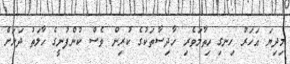
މިދިޔަ އަހަރު ހިނގި ހިތާމަވެރި ހާދިސާތަކުގެ ކުރިން ވެސް ކުންފުނީގެ ހާލަތު ދަށަށް